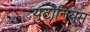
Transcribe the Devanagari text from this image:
युटोनियम